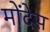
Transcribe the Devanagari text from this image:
मोंदेस